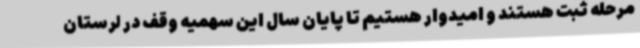
مرحله ثبت هستند و امیدوار هستیم تا پایان سال این سهمیه وقف در لرستان